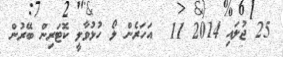
25 ޖުލައި 2014 11  އަހަރެން ލޯ ހުޅުވާލީ ކޮޓަރިން ބޭރުން